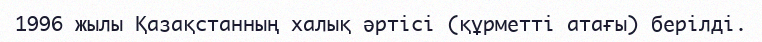
1996 жылы Қазақстанның халық әртісі (құрметті атағы) берілді.